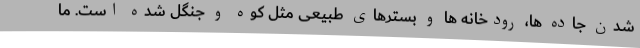
شدن جاده ها، رودخانه ها و بستر‌های طبیعی مثل کوه و جنگل شده است. ما